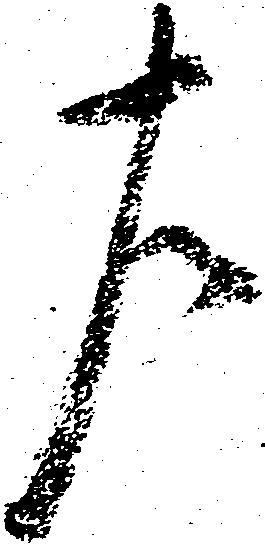
左